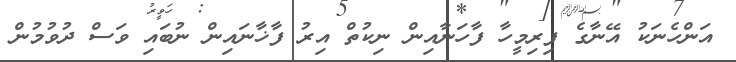
އަންހެނަކު އޭނާގެ ފިރިމީހާ ފާހަނާއިން ނިކުތް އިރު ފާޚާނައިން ނުބައި ވަސް ދުވުމުން